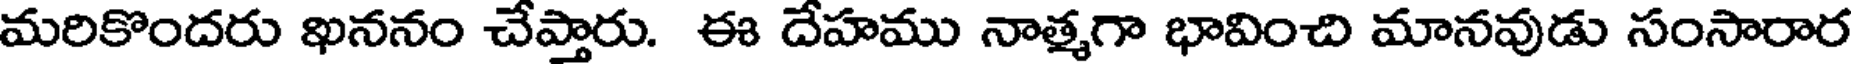
మరికొందరు ఖననం చేప్తారు. ఈ దేహము నాత్మగా భావించి మానవుడు సంసారార